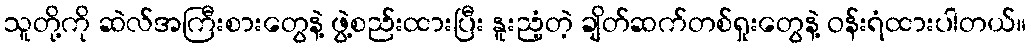
သူတို့ကို ဆဲလ်အကြီးစားတွေနဲ့ ဖွဲ့စည်းထားပြီး နူးညံ့တဲ့ ချိတ်ဆက်တစ်ရှုးတွေနဲ့ ဝန်းရံထားပါတယ်။